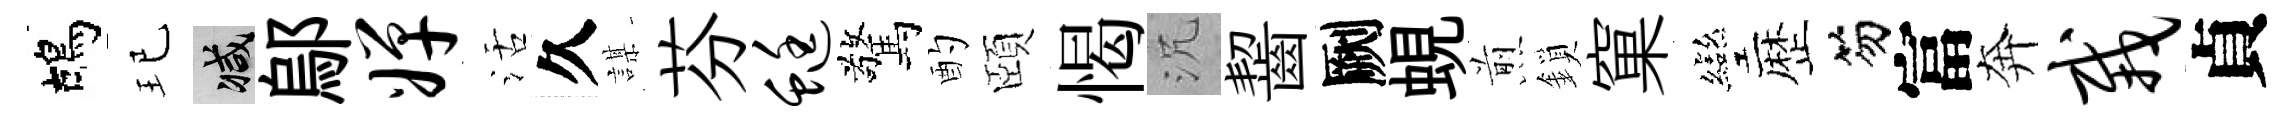
鴣玘减鄔婵活久謀芬蜓驚酌頤愒沉齧劂蜆煎鎖窠彎歴笏富奔栽貞